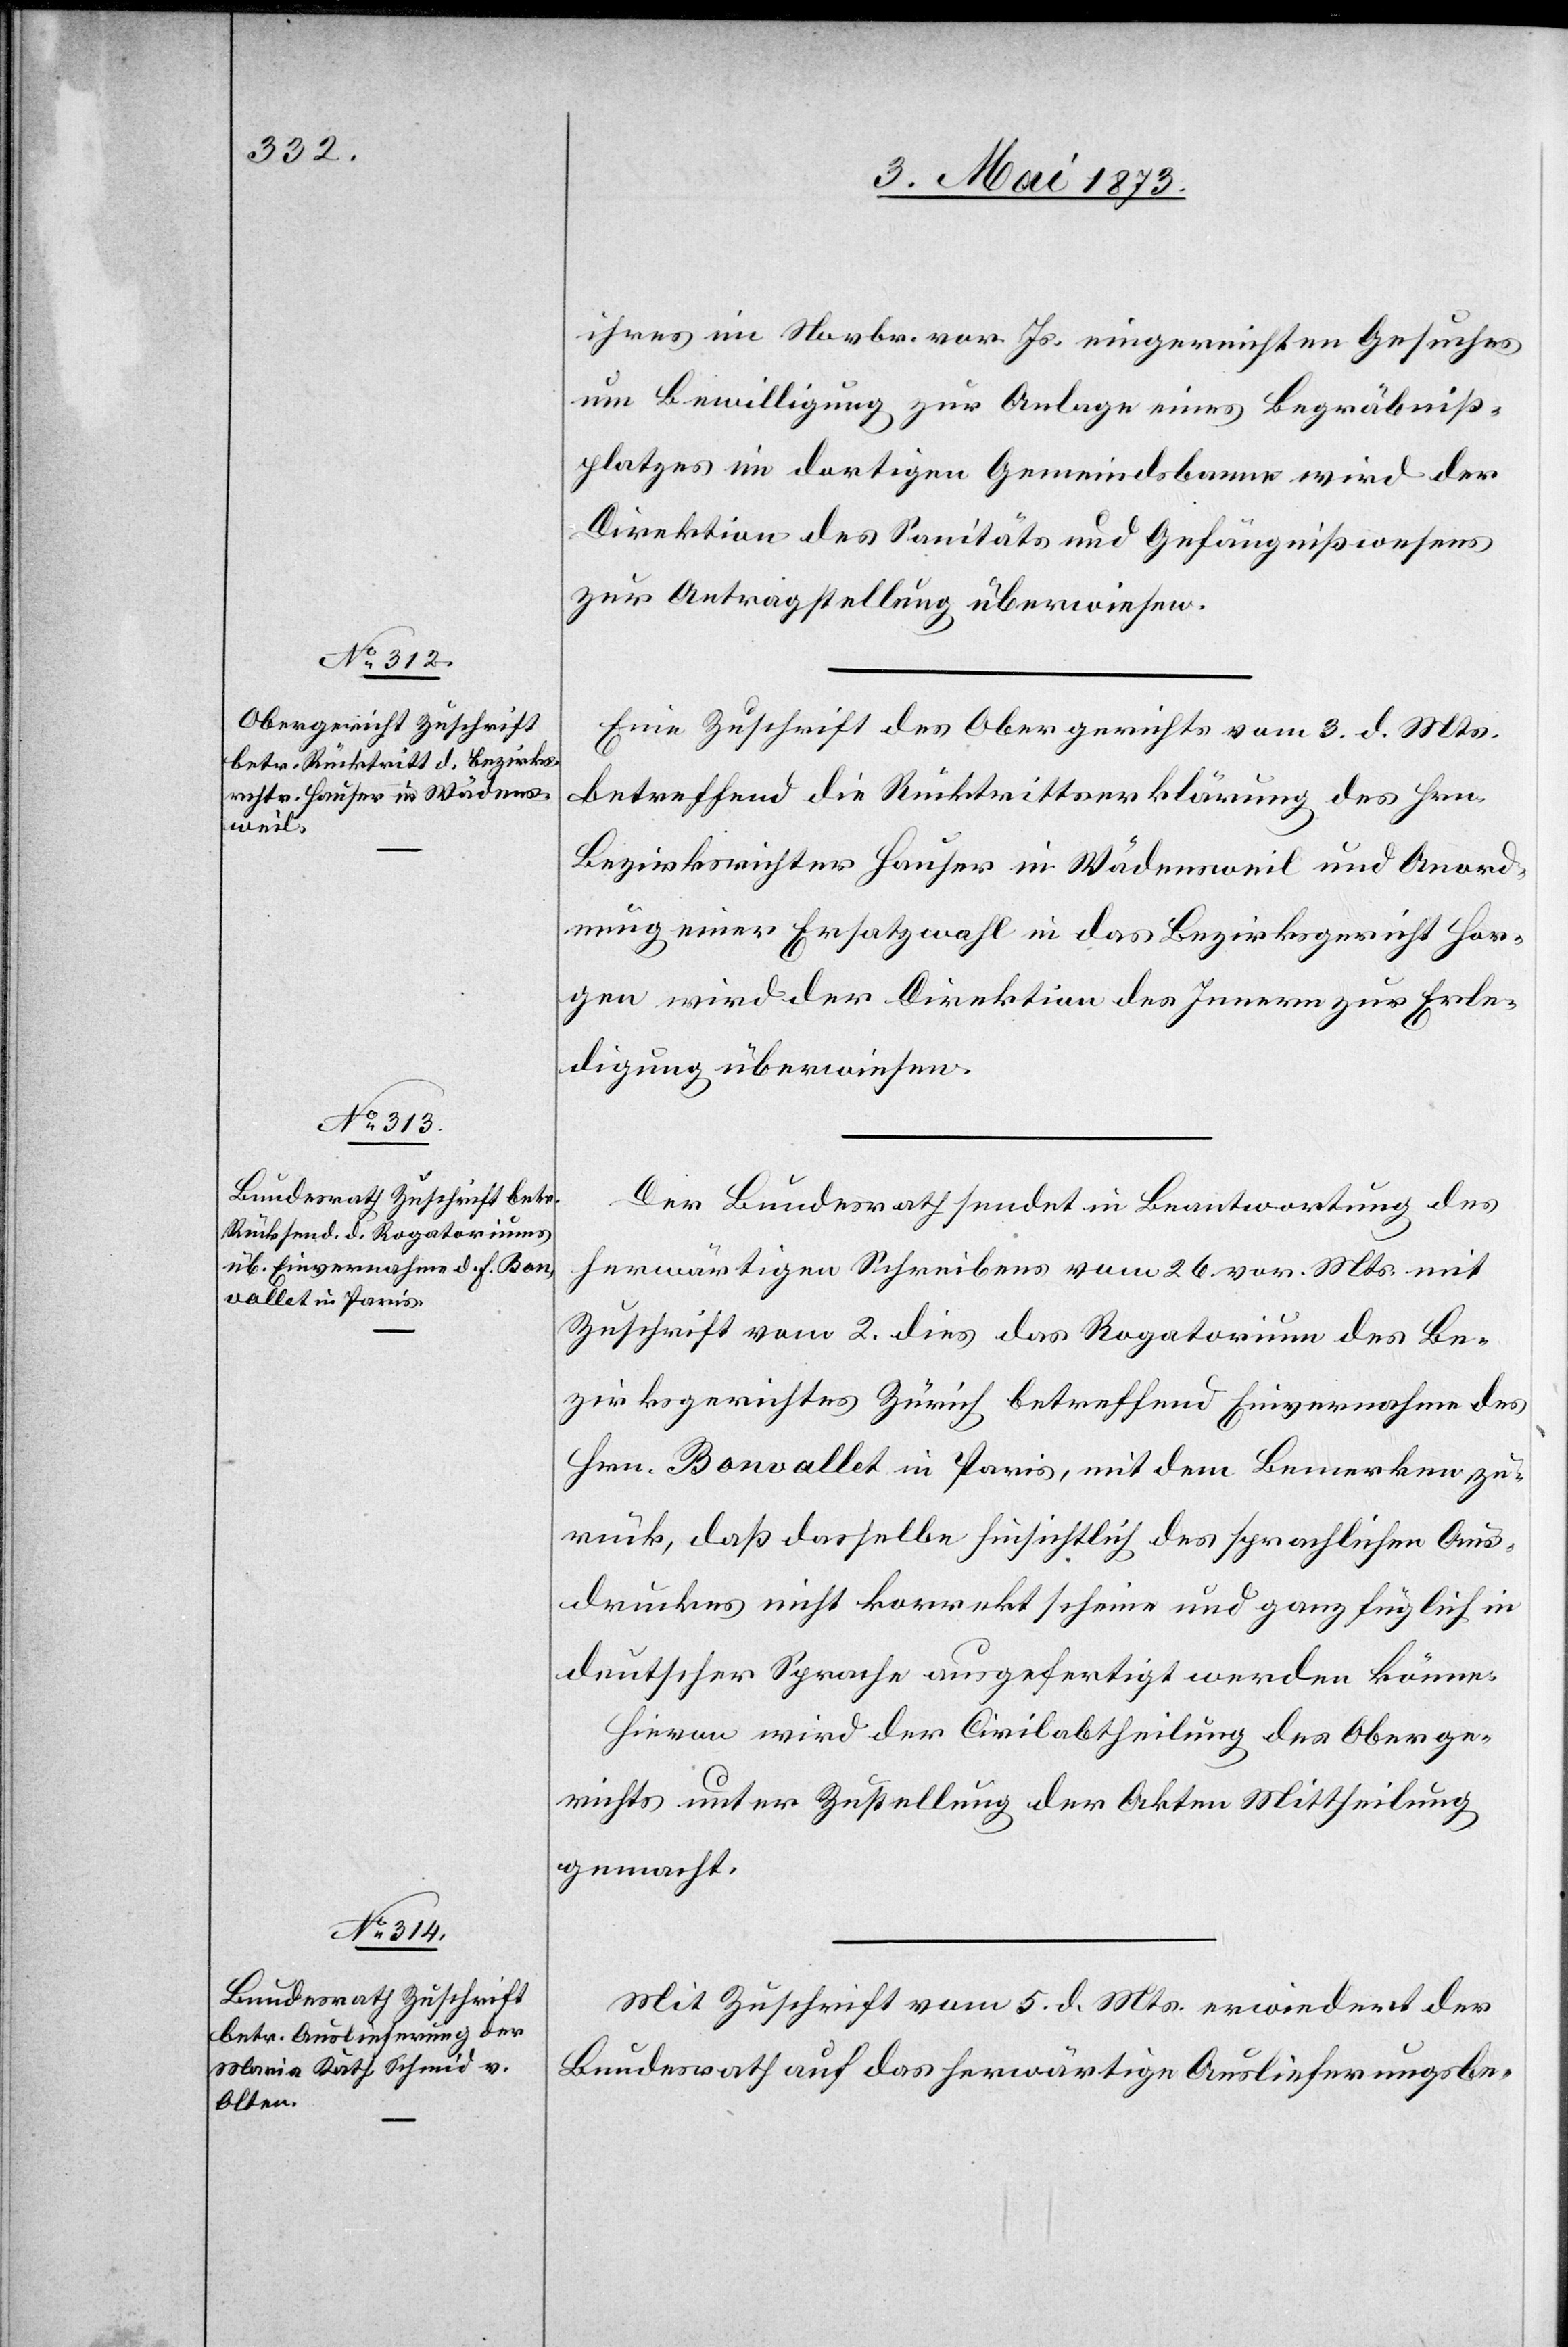
6. Mai 1873.]
ihres im Novbr. vor. Js. eingereichten Gesuches
um Bewilligung zur Anlage eines Begräbniß¬
platzes im dortigen Gemeindsbanne wird der
Direktion des Sanitäts und Gefängnißwesens
zur Antragstellung überwiesen.
Eine Zuschrift des Obergerichts vom 3. d. Mts.
betreffend die Rücktrittserklärung des Hrn.
Bezirksrichter Hauser in Wädensweil und Anord¬
nung einer Ersatzwahl in das Bezirksgericht Hor¬
gen wird der Direktion des Innern zur Erle¬
digung überwiesen.
Der Bundesrath sendet in Beantwortung des
herwärtigen Schreibens vom 26. vor. Mts. mit
Zuschrift vom 2. dies das Rogatorium des Be¬
zirksgerichtes Zürich betreffend Einvernahme des
Hrn. Bonvallet in Paris, mit dem Bemerken zu¬
rück, daß dasselbe hinsichtlich des sprachlichen Aus¬
druckes nicht korrekt scheine und ganz füglich in
deutscher Sprache ausgefertigt werden könne.
Hievon wird der Civilabtheilung des Oberge¬
richts unter Zustellung der Akten Mittheilung
gemacht.
Mit Zuschrift vom 5. d. Mts. erwiedert der
Bundesrath auf das herwärtige Auslieferungsbe-